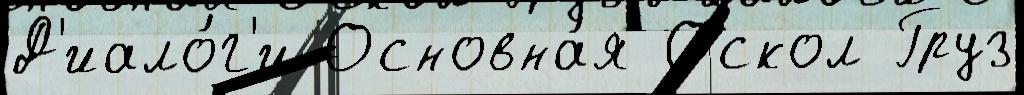
Д'иало́г'и Основна́я Оскол Груз